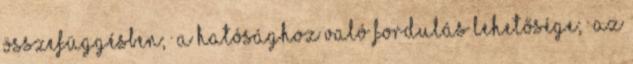
összefüggésben; · a Hatósághoz való fordulás lehetősége; · az